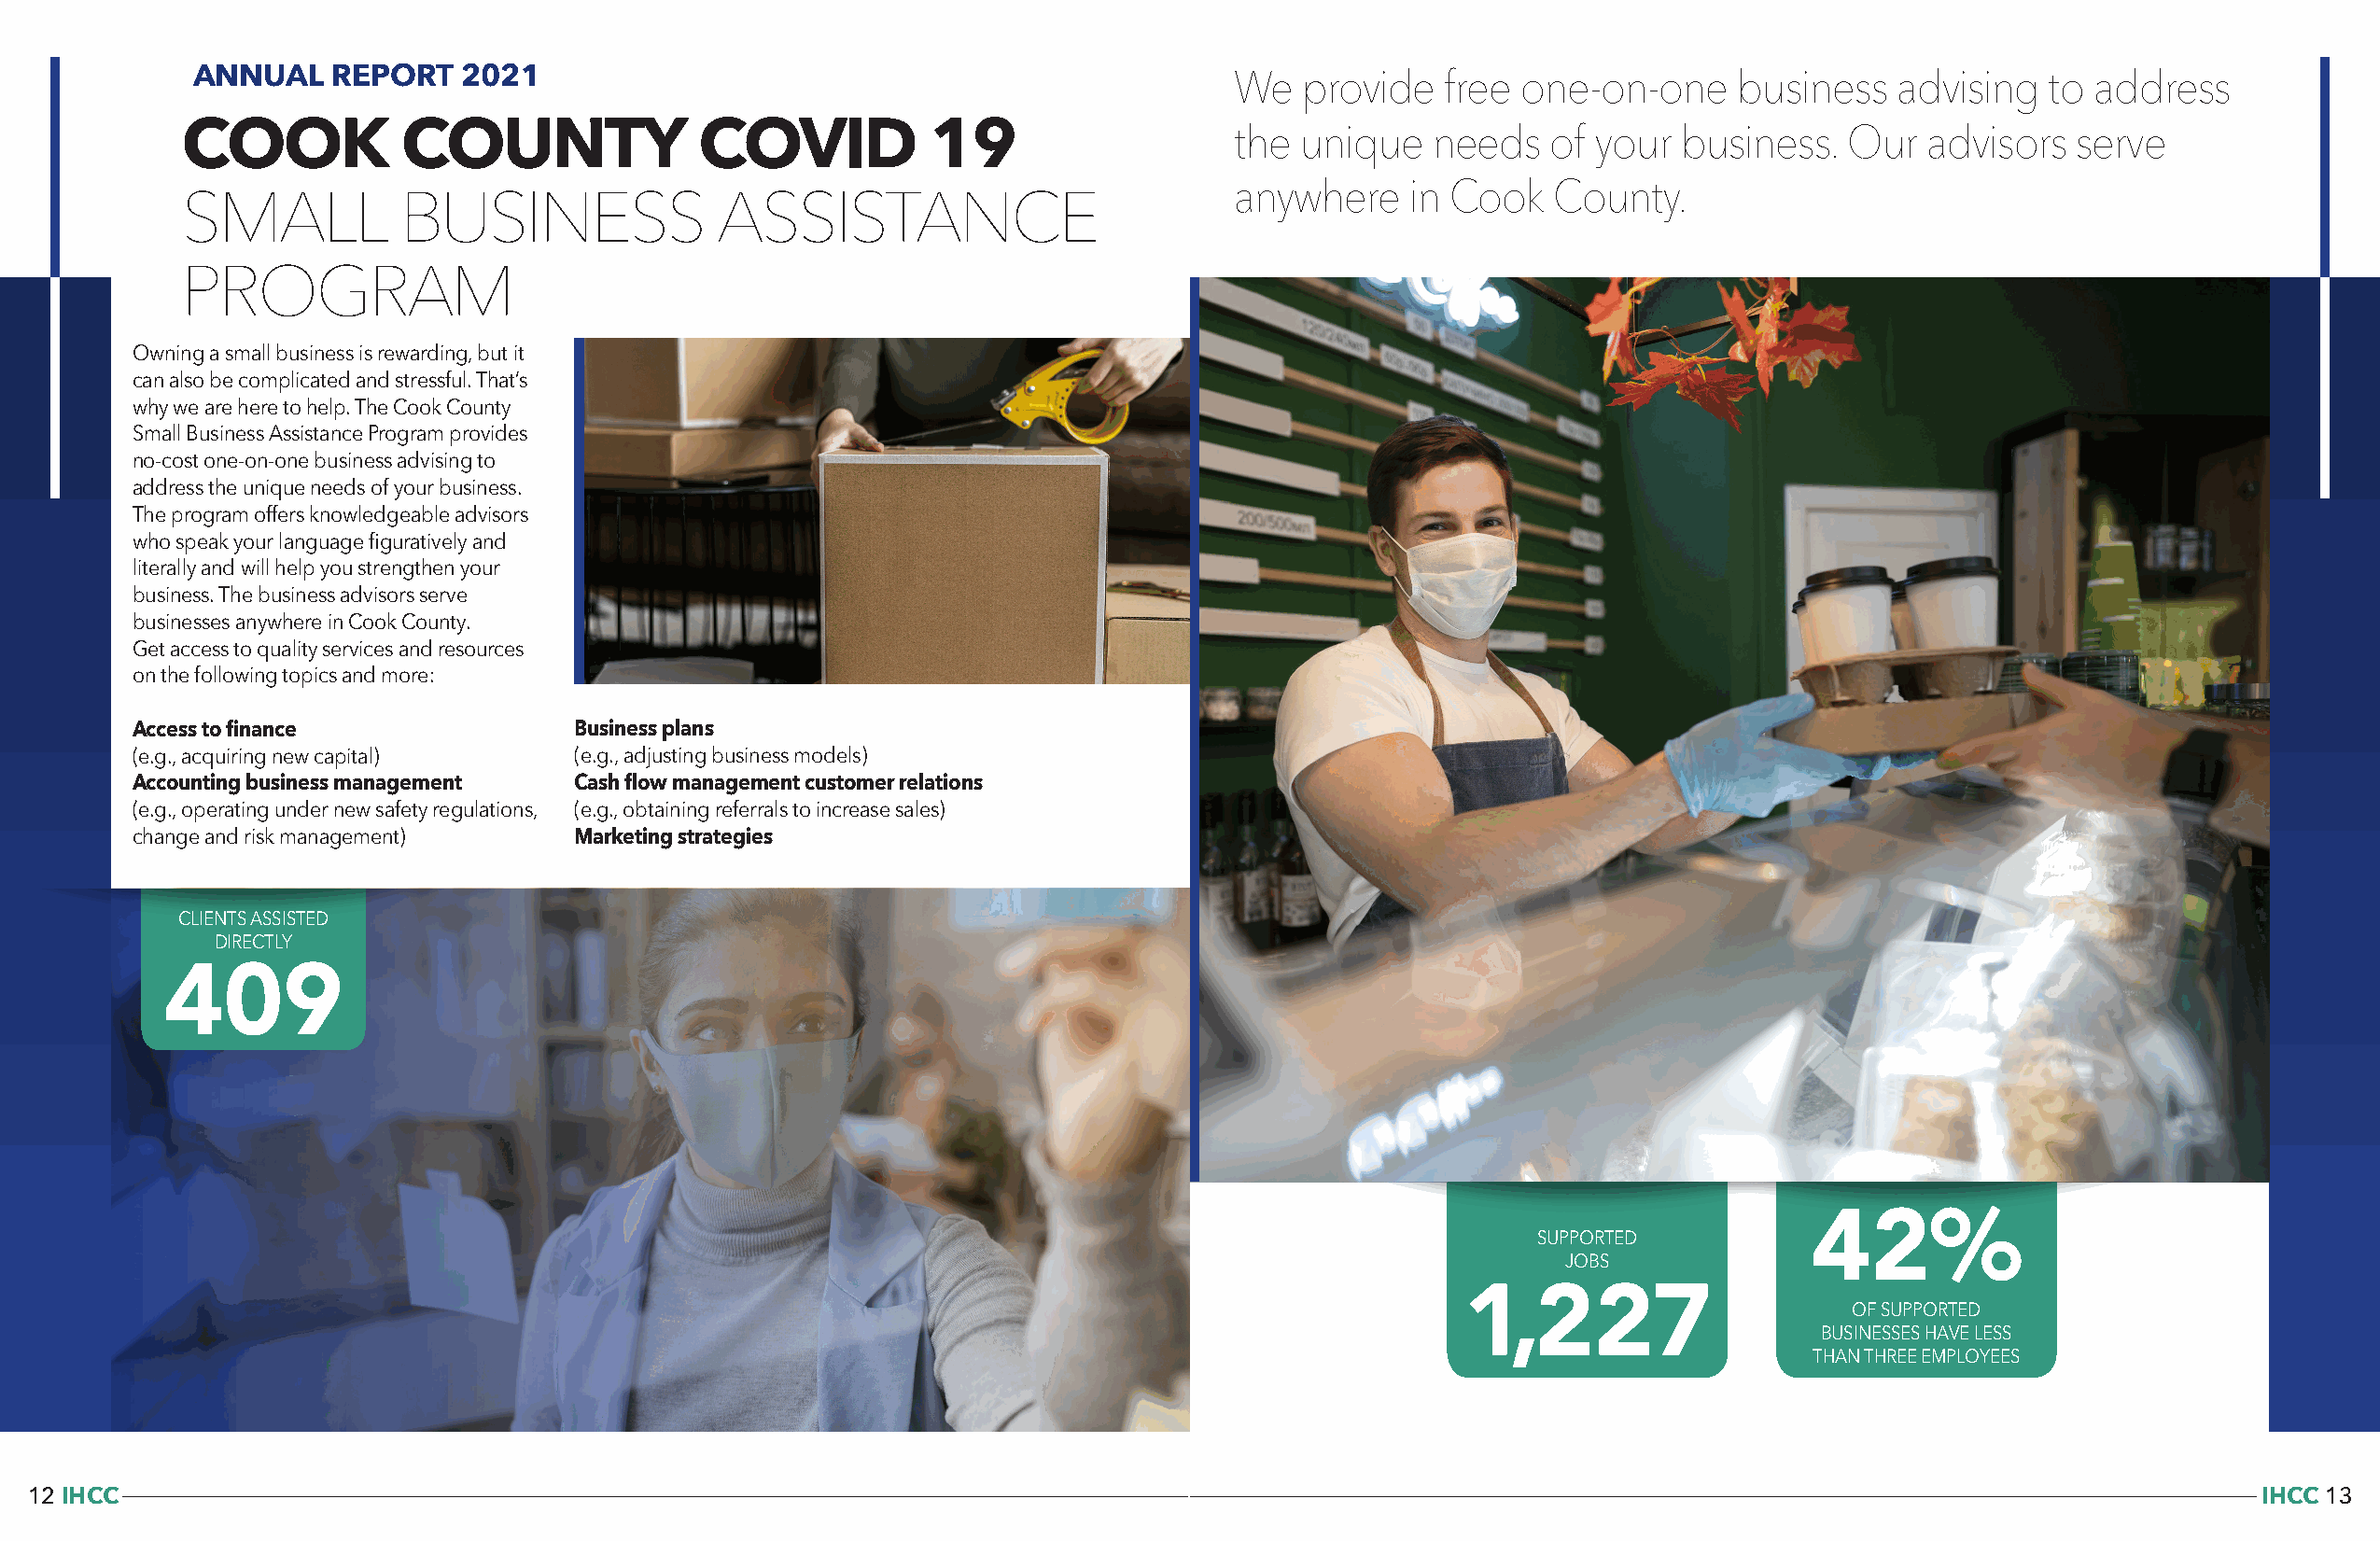
ANNUAL    REPORT   2021                                                   We  provide    free one-on-one     business    advising  to  address
 COOK           COUNTY                COVID           19                    the unique    needs   of your  business.   Our   advisors  serve
 anywhere    in Cook   County.
 SMALL          BUSINESS               ASSISTANCE
 PROGRAM
 Owning a small business is rewarding, but it
 can also be complicated and stressful. That’s
 why we are here to help. The Cook County
 Small Business Assistance Program provides
 no-cost one-on-one business advising to
 address the unique needs of your business.
 The program offers knowledgeable advisors
 who speak your language figuratively and
 literally and will help you strengthen your
 business. The business advisors serve
 businesses anywhere in Cook County.
 Get access to quality services and resources
 on the following topics and more:
 Access to finance               Business plans
 (e.g., acquiring new capital)   (e.g., adjusting business models)
 Accounting business management  Cash flow management customer relations
 (e.g., operating under new safety regulations, (e.g., obtaining referrals to increase sales)
 change and risk management)     Marketing strategies
 CLIENTS ASSISTED
 DIRECTLY
 409
 42%
 SUPPORTED
 JOBS
 1,227                      OF SUPPORTED
 BUSINESSES HAVE LESS
 THAN THREE EMPLOYEES
 12 IHCC                                                                                                                                                       IHCC 13